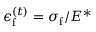
\epsilon _ { \mathrm { f } } ^ { ( t ) } = { \sigma _ { \mathrm { f } } } / { E ^ { * } }